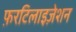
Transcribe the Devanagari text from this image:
फ़रटिलाइज़ेशन